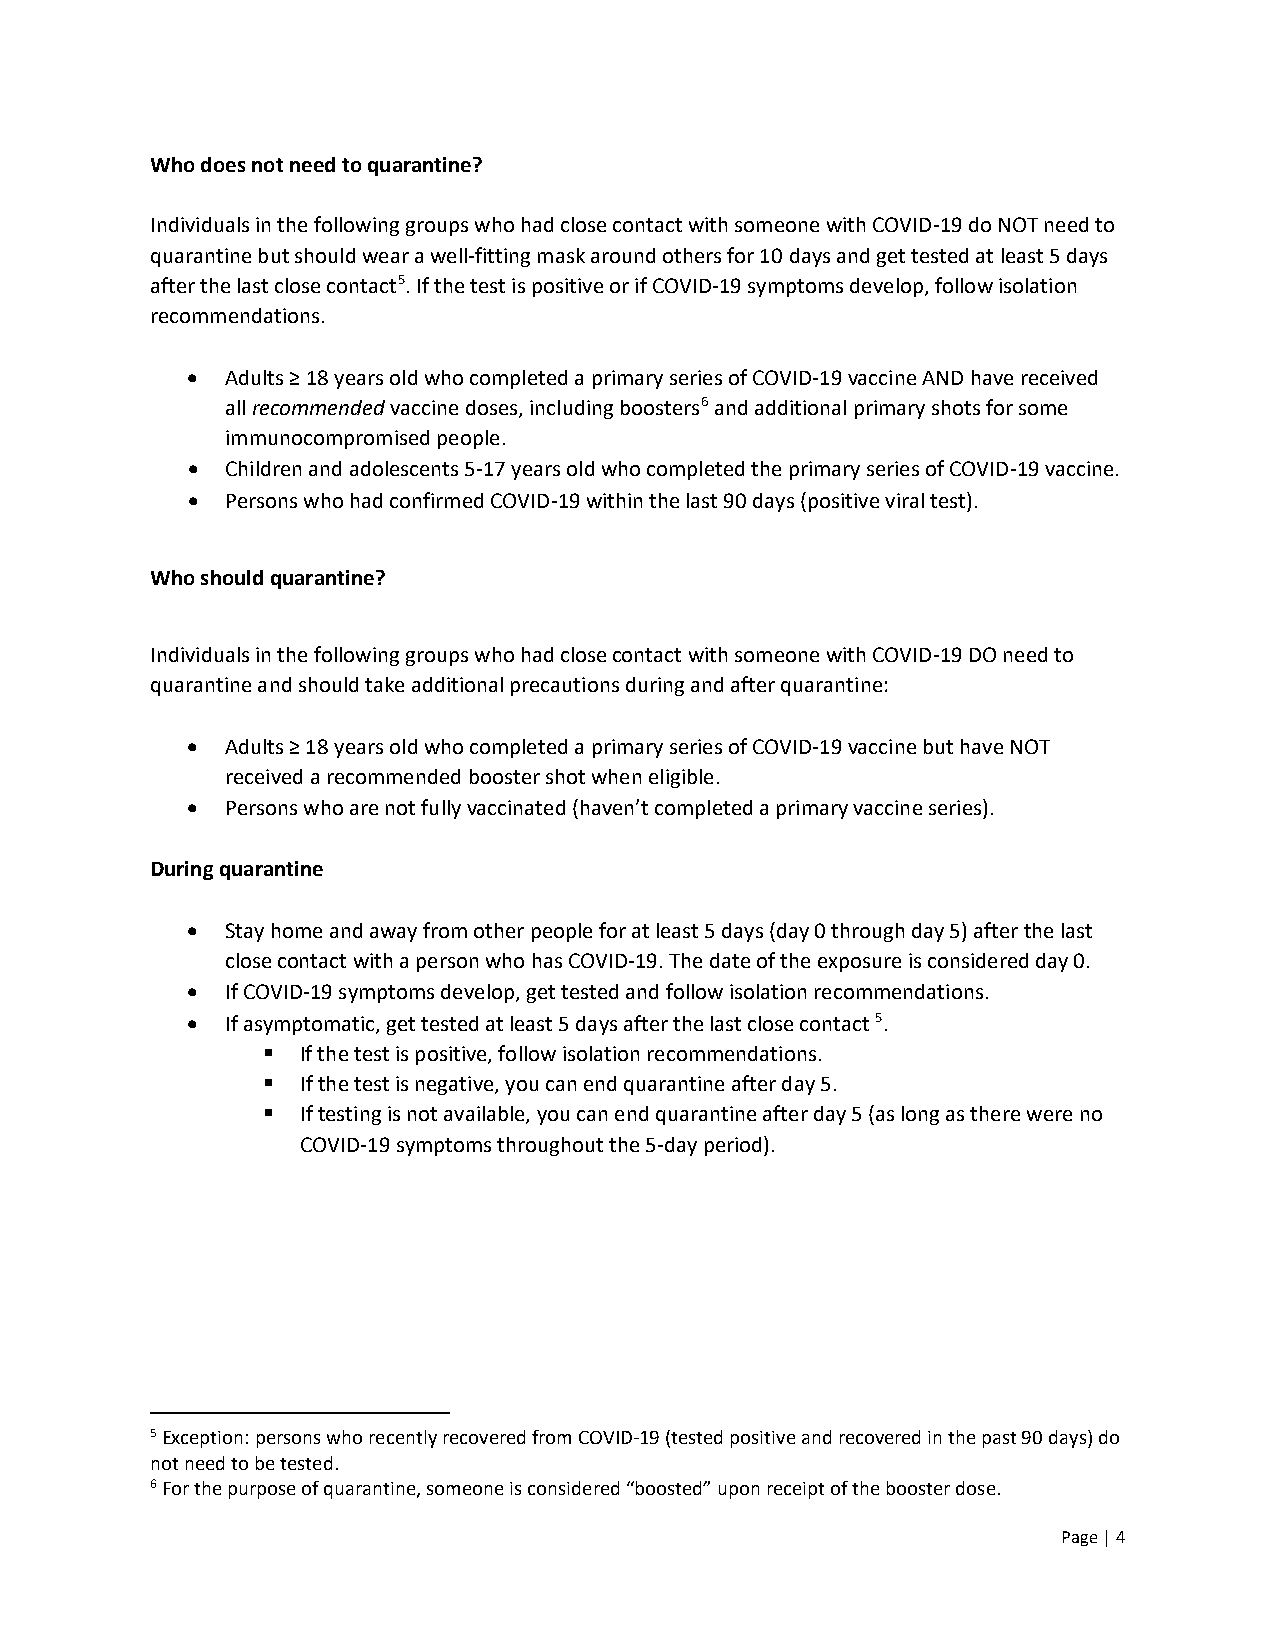
Who does not need to quarantine?
 Individuals in the following groups who had close contact with someone with COVID-19 do NOT need to
 quarantine but should wear a well-fitting mask around others for 10 days and get tested at least 5 days
 after the last close contact5. If the test is positive or if COVID-19 symptoms develop, follow isolation
 recommendations.
 •  Adults ≥ 18 years old who completed a primary series of COVID-19 vaccine AND have received
 all recommended vaccine doses, including boosters6 and additional primary shots for some
 immunocompromised people.
 •  Children and adolescents 5-17 years old who completed the primary series of COVID-19 vaccine.
 •  Persons who had confirmed COVID-19 within the last 90 days (positive viral test).
 Who should quarantine?
 Individuals in the following groups who had close contact with someone with COVID-19 DO need to
 quarantine and should take additional precautions during and after quarantine:
 •  Adults ≥ 18 years old who completed a primary series of COVID-19 vaccine but have NOT
 received a recommended booster shot when eligible.
 •  Persons who are not fully vaccinated (haven’t completed a primary vaccine series).
 During quarantine
 •  Stay home and away from other people for at least 5 days (day 0 through day 5) after the last
 close contact with a person who has COVID-19. The date of the exposure is considered day 0.
 •  If COVID-19 symptoms develop, get tested and follow isolation recommendations.
 •  If asymptomatic, get tested at least 5 days after the last close contact 5.
   If the test is positive, follow isolation recommendations.
   If the test is negative, you can end quarantine after day 5.
   If testing is not available, you can end quarantine after day 5 (as long as there were no
 COVID-19 symptoms throughout the 5-day period).
 5 Exception: persons who recently recovered from COVID-19 (tested positive and recovered in the past 90 days) do
 not need to be tested.
 6 For the purpose of quarantine, someone is considered “boosted” upon receipt of the booster dose.
 Page | 4